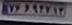
۷۶و۹۴۷۱۳